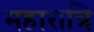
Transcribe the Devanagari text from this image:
महारात्रि